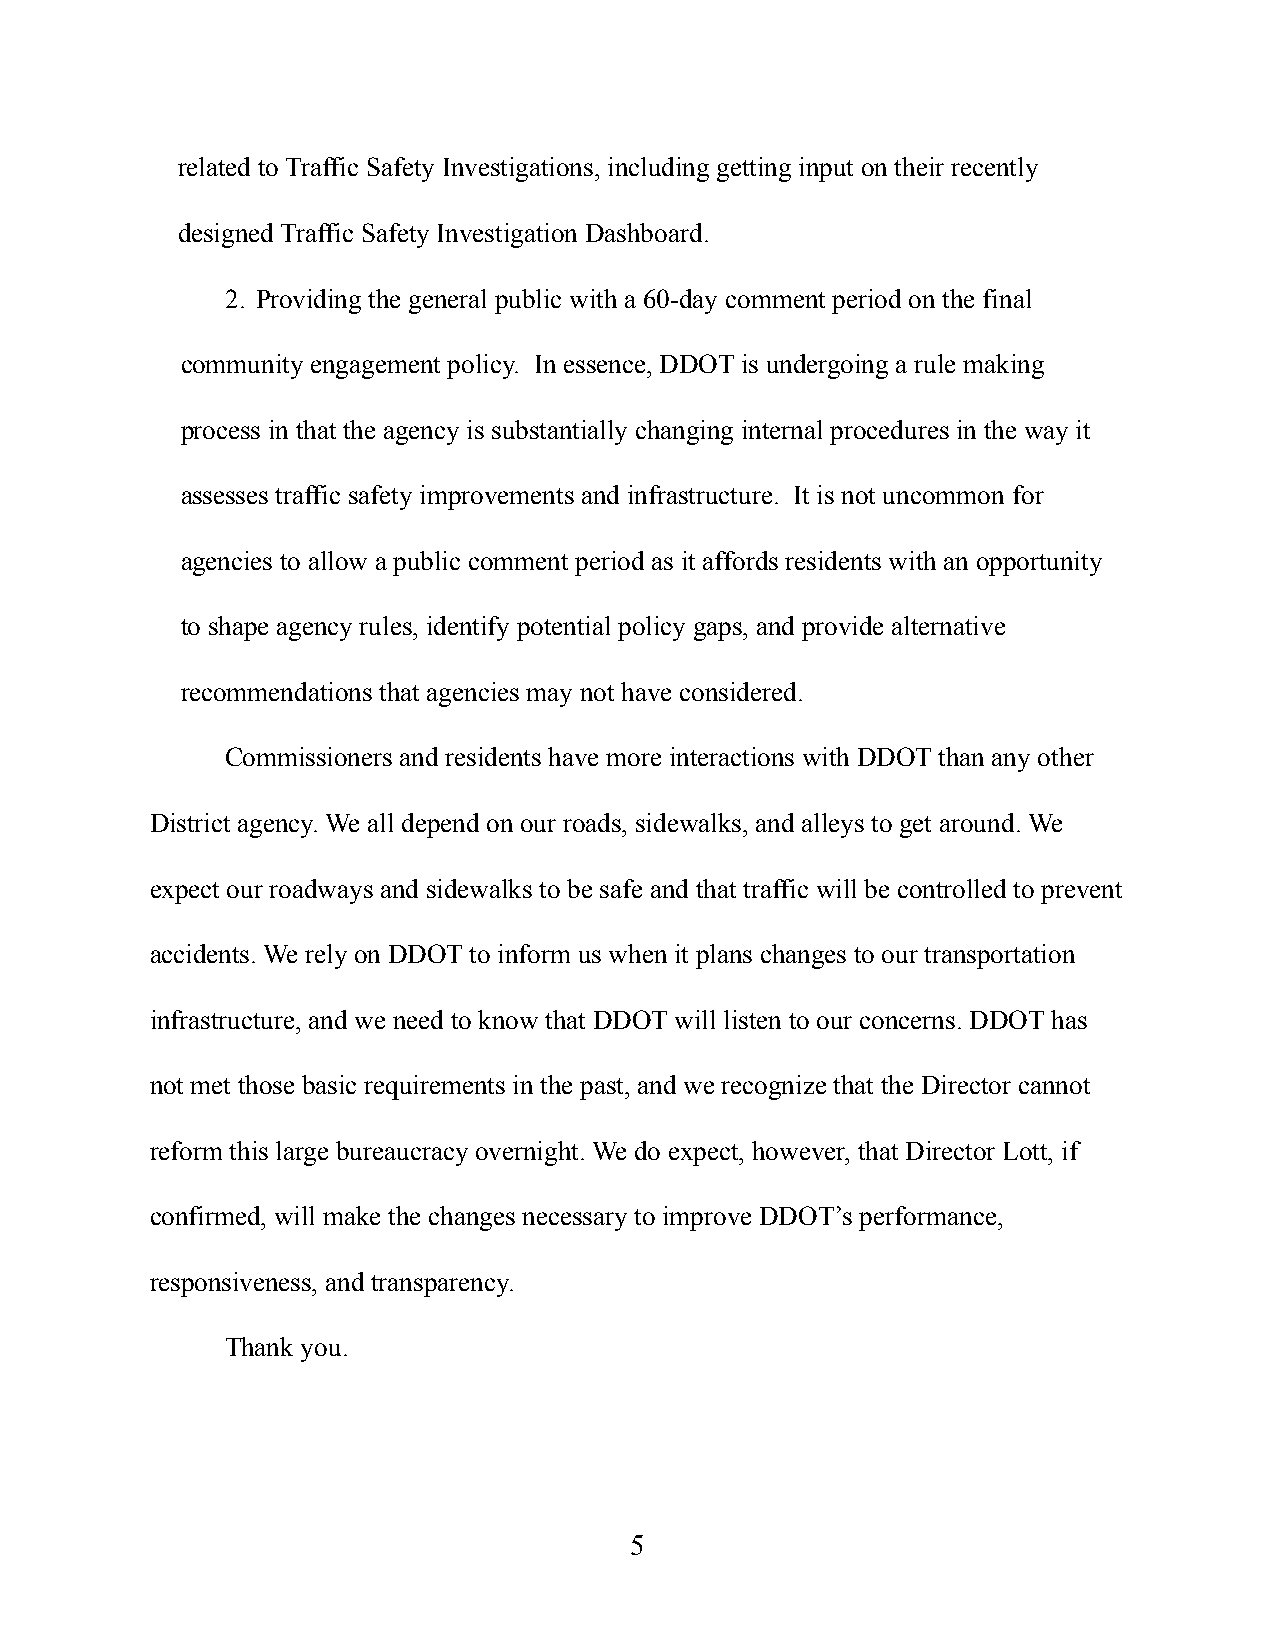
related to Traffic Safety Investigations, including getting input on their recently
 designed Traffic Safety Investigation Dashboard.
 2. Providing the general public with a 60-day comment period on the final
 community engagement policy. In essence, DDOT is undergoing a rule making
 process in that the agency is substantially changing internal procedures in the way it
 assesses traffic safety improvements and infrastructure. It is not uncommon for
 agencies to allow a public comment period as it affords residents with an opportunity
 to shape agency rules, identify potential policy gaps, and provide alternative
 recommendations that agencies may not have considered.
 Commissioners and residents have more interactions with DDOT than any other
 District agency. We all depend on our roads, sidewalks, and alleys to get around. We
 expect our roadways and sidewalks to be safe and that traffic will be controlled to prevent
 accidents. We rely on DDOT to inform us when it plans changes to our transportation
 infrastructure, and we need to know that DDOT will listen to our concerns. DDOT has
 not met those basic requirements in the past, and we recognize that the Director cannot
 reform this large bureaucracy overnight. We do expect, however, that Director Lott, if
 confirmed, will make the changes necessary to improve DDOT’s performance,
 responsiveness, and transparency.
 Thank you.
 5